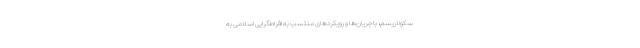
سکولاریسم، با جریان‌ها و رویکردهای منتسب به افراط‌گرایی اسلامی به